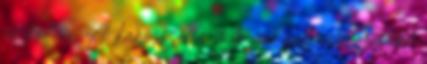
rá költeni. A karosszéria is le van pattanva, minden